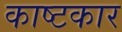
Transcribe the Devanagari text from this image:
काष्टकार